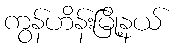
ကွန်ဟိန်းမြို့နယ်